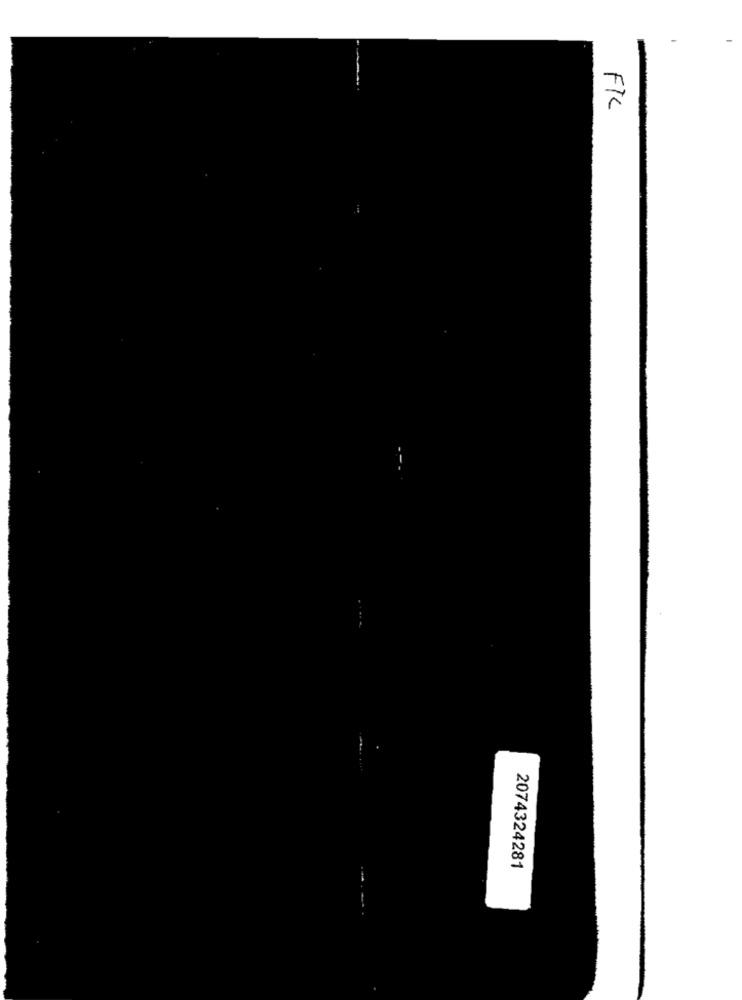
FIL
2074324281